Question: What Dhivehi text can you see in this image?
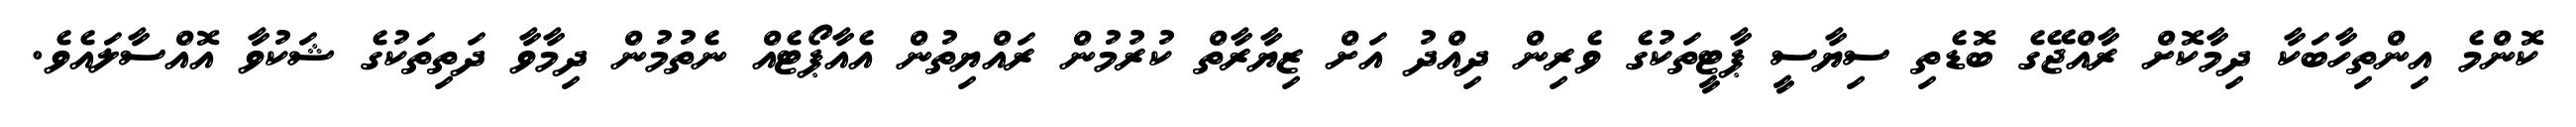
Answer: ކޮންމެ އިންތިހާބަކާ ދިމާކޮށް ރާއްޖޭގެ ބޮޑެތި ސިޔާސީ ޕާޓީތަކުގެ ވެރިން ދިއްދު އަށް ޒިޔާރާތް ކުރުމުން ރައްޔިތުން އެއާޕޯޓެއް ނެތުމުން ދިމާވާ ދަތިތަކުގެ ޝަކުވާ އޮއްސާލައެވެ.